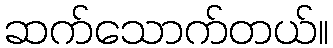
ဆက်သောက်တယ်။